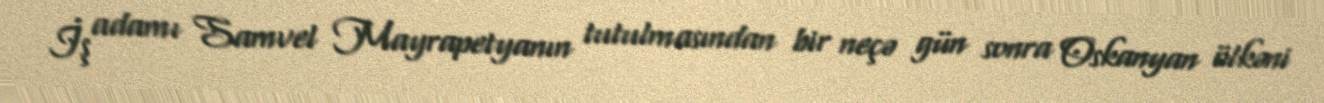
İş adamı Samvel Mayrapetyanın tutulmasından bir neçə gün sonra Oskanyan ölkəni